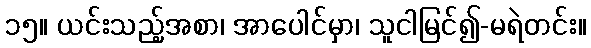
၁၅။ ယင်းသည့်အစာ၊ အာပေါင်မှာ၊ သူငါမြင်၍-မရဲတင်း။